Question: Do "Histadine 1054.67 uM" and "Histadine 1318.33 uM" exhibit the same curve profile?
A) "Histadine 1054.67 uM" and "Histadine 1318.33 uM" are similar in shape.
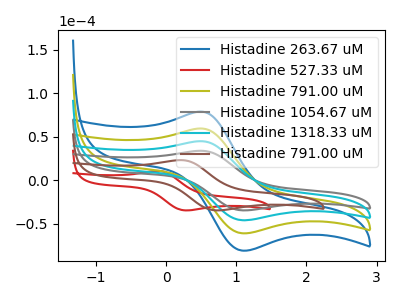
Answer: <think>The blue curve "Histadine 263.67 uM" has an anodic peak at (0.50V, 134.60uA) and a cathodic peak at (1.10V, -138.40uA). The red curve "Histadine 527.33 uM" has an anodic peak at (-0.10V, 10.65uA) and a cathodic peak at (0.25V, -34.80uA). The olive curve "Histadine 791.00 uM" has an anodic peak at (0.50V, 89.75uA) and a cathodic peak at (1.10V, -92.25uA). The gray curve "Histadine 1054.67 uM" has an anodic peak at (0.50V, 33.85uA) and a cathodic peak at (1.10V, -34.80uA). The cyan curve "Histadine 1318.33 uM" has an anodic peak at (0.50V, 44.85uA) and a cathodic peak at (1.10V, -46.15uA). The brown curve "Histadine 791.00 uM" has an anodic peak at (0.20V, 23.10uA) and a cathodic peak at (0.70V, -34.80uA).
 All the peaks in "Histadine 1054.67 uM" have a peak in "Histadine 1318.33 uM" at the same potential. Every peak in "Histadine 1054.67 uM" is lower than every peak in "Histadine 1318.33 uM".</think>
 <answer>A) "Histadine 1054.67 uM" and "Histadine 1318.33 uM" are similar in shape.</answer>
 <eval>A</eval>